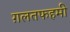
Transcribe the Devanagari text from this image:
ग़लतफहमी